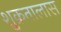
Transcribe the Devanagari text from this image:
शुक्रतालास